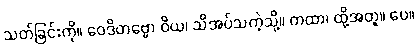
သတ်ခြင်းကို။ ဝေဒိတဗ္ဗော ဝိယ၊ သိအပ်သကဲ့သို့။ တထာ၊ ထို့အတူ။ ပေ။